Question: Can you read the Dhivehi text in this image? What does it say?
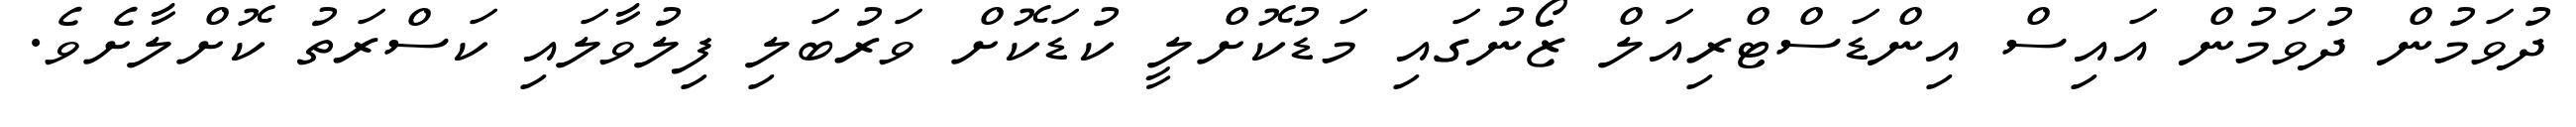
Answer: ދުވަމުން ދުވަމުން އައިސް އިންޑަސްޓްރިއަލް ޒޯނުގައި މަޑުކޮށްލީ ކުޑަކޮށް ވަރުބަލި ފިލުވާލައި ކަސްރަތު ކޮށްލާށެވެ.